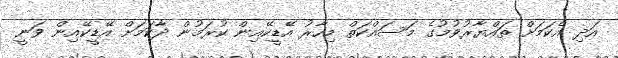
އަދި އެކަމަށް ތައްޔާރުވުމުގެ މަސައްކަތް މިހާރު އޭޑީކޭއިން ކުރަމުން ދާކަމަށް އޭޑީކޭއިން ވަނީ